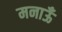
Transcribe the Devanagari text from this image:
मनाऊँ